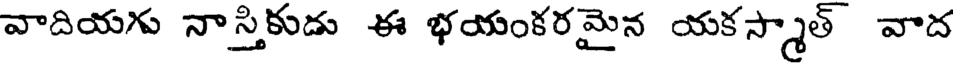
వాదియగు నాస్తికుడు ఈ భయంకరమైన యకస్మాత్ వాద